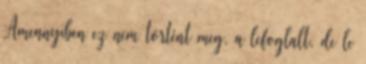
Amennyiben ez nem történt meg, a lefoglalt, de le